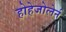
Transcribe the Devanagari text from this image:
होहेजोलेर्न